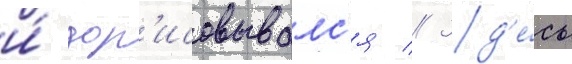
и́ дор'исовывалс'я // Зд'е́сь